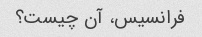
فرانسیس، آن چیست؟